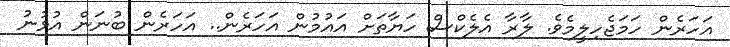
އަހަރެން ހަމަޖެހިލީމެވެ. ލާރާ އެލެކްސް ހަޔާތަށް އައުމުން އަހަރެން.. އަހަރެން ބުނަން އުޅުނު